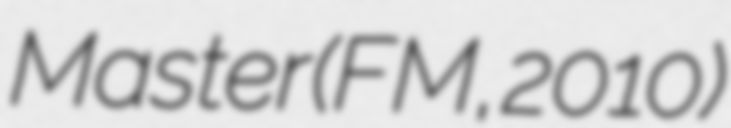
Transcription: Master (FM, 2010)